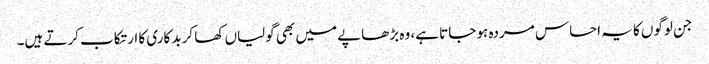
جن لوگوں کا یہ احساس مردہ ہو جاتا ہے، وہ بڑھاپے میں بھی گولیاں کھا کر بدکاری کا ارتکاب کرتے ہیں۔